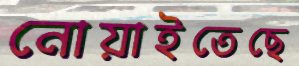
নোয়াইতেছে